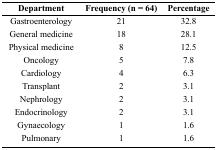
| Department | Frequency (n = 64) | Percentage |
 | --- | --- | --- |
 | Gastroenterology | 21 | 32.8 |
 | General medicine | 18 | 28.1 |
 | Physical medicine | 8 | 12.5 |
 | Oncology | 5 | 7.8 |
 | Cardiology | 4 | 6.3 |
 | Transplant | 2 | 3.1 |
 | Nephrology | 2 | 3.1 |
 | Endocrinology | 2 | 3.1 |
 | Gynaecology | 1 | 1.6 |
 | Pulmonary | 1 | 1.6 |